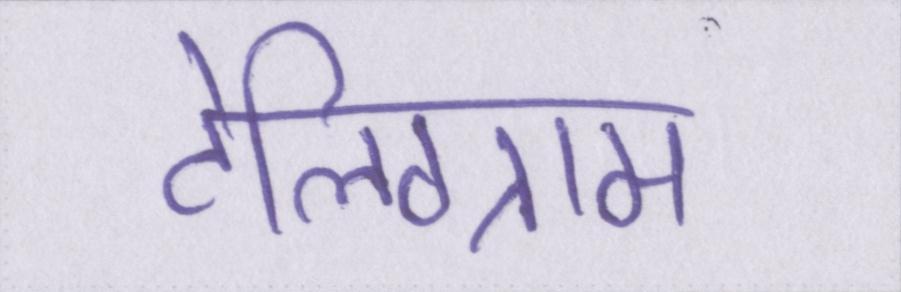
टेलिग्राम